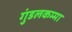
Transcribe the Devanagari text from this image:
गुंडलकम्मा